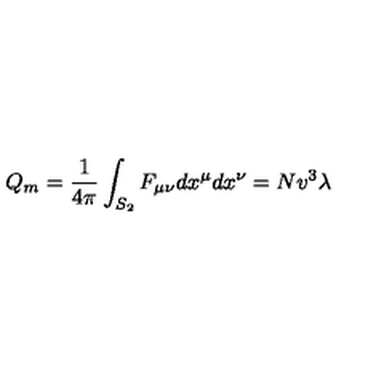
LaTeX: Q _ { m } = { \frac { 1 } { 4 \pi } } \int _ { S _ { 2 } } F _ { \mu \nu } d x ^ { \mu } d x ^ { \nu } = N v ^ { 3 } \lambda